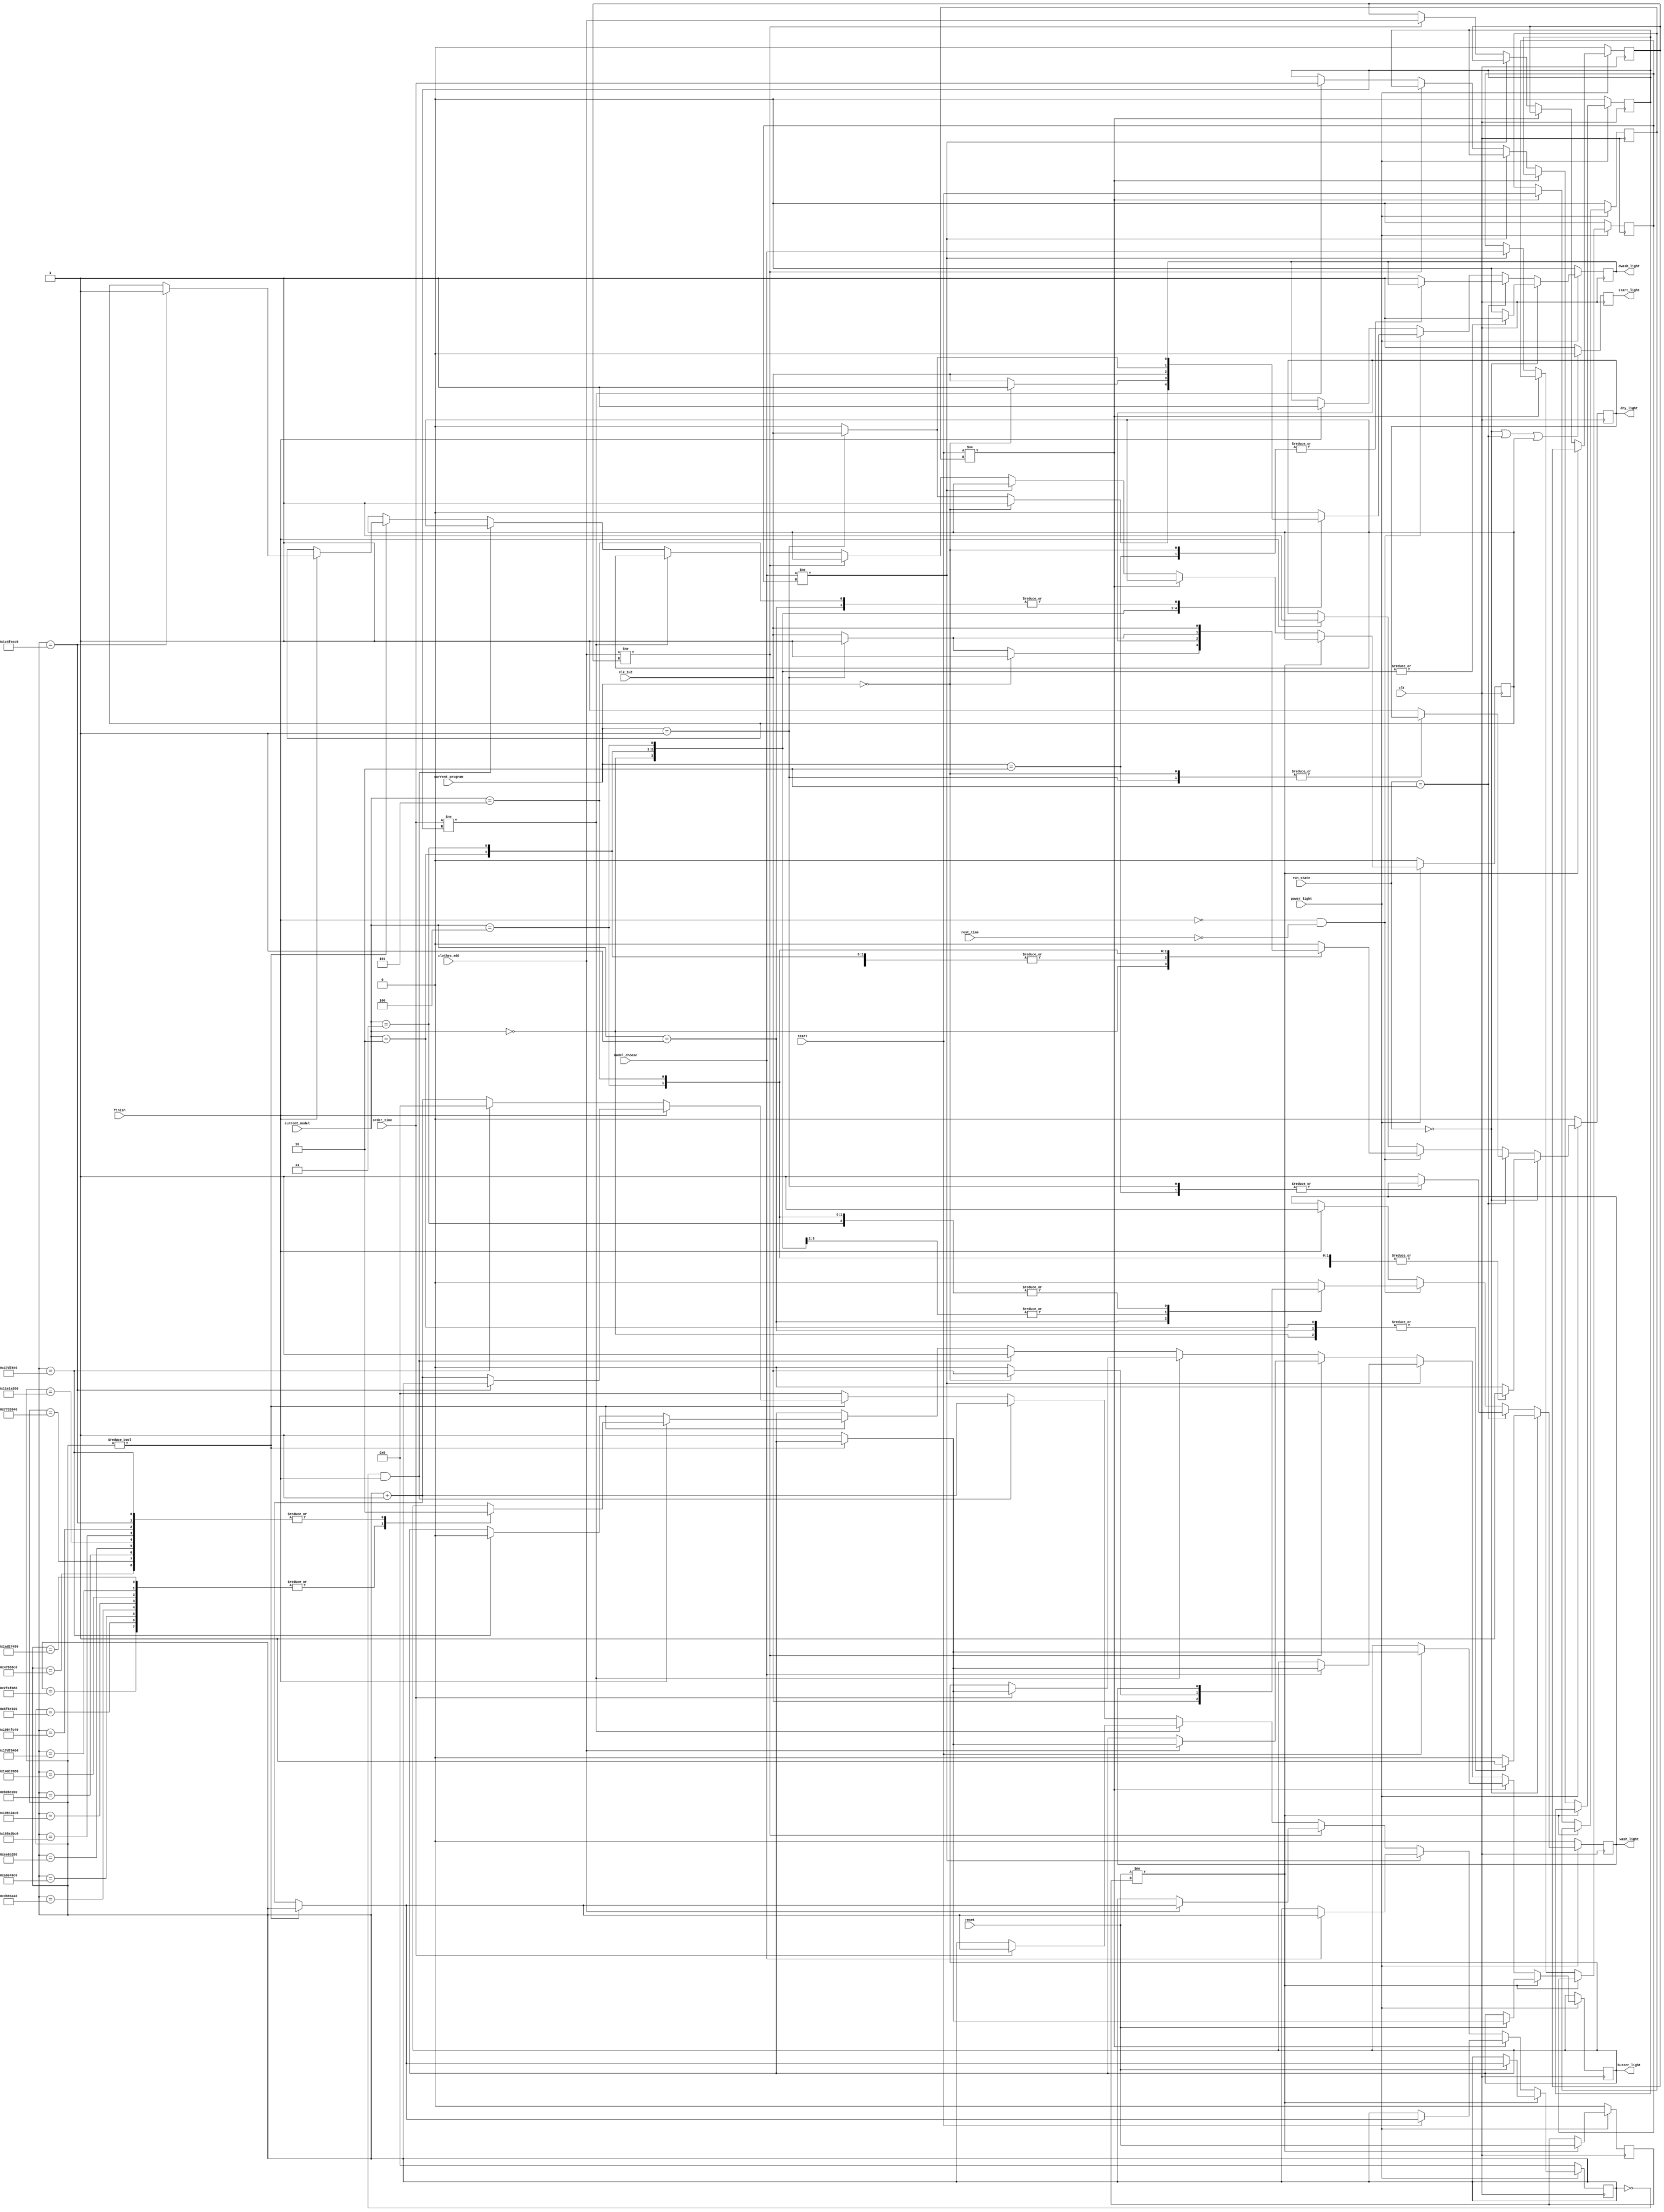
module program_light (clk,clk_1HZ,start,reset,power_light,finish,model_choose,clothes_add,current_model,current_program,run_state,rest_time,order_time,
wash_light,dwash_light,dry_light,start_light,buzzer_light);
    input clk,clk_1HZ,start,reset,power_light,finish,model_choose,clothes_add,order_time;
    input [2:0]current_model;
    input [1:0]current_program,run_state;
    input [6:0]rest_time;
    output reg wash_light,dwash_light,dry_light,start_light,buzzer_light;

    reg [31:0] counter;
    reg power_flag,start_flag,model_flag,clothes_flag,order_flag;//三个开关状态
    reg end_program;//程序结束标志

    parameter N=100_000_000;
//    parameter N=4;
    
    initial 
        begin
          wash_light<=0;
          dwash_light<=0;
          dry_light<=0;
          start_light<=0;
          buzzer_light<=0;
          counter<=0;
          power_flag<=0;
          start_flag<=0;
          model_flag<=0;
          clothes_flag<=0;
          end_program<=0;
        end

    //确定wash_light,dwash_light,dry_light的输出
    //影响信号：开关灯信号power_light,模式选择信号和当前程序信号，以及闪烁脉冲和程序完成信号
    always @ (posedge clk)
        begin
          if (power_light==1'b0)//电源关闭，关上所有灯
            begin
              wash_light<=0;
              dwash_light<=0;
              dry_light<=0;
            end
          else if (run_state==2'b00) //电源开启且处于暂停或者未启动状态，常亮模式灯
            begin
              case (current_model)
                3'b000://洗漂脱
                    begin
                      wash_light<=1;
                      dwash_light<=1;
                      dry_light<=1;
                    end 
                3'b001://单洗
                    begin
                      wash_light<=1;
                      dwash_light<=0;
                      dry_light<=0;
                    end
                3'b010://洗漂
                    begin
                      wash_light<=1;
                      dwash_light<=1;
                      dry_light<=0;
                    end
                3'b011://单漂
                    begin
                      wash_light<=0;
                      dwash_light<=1;
                      dry_light<=0;
                    end
                3'b100://漂脱
                    begin
                      wash_light<=0;
                      dwash_light<=1;
                      dry_light<=1;
                    end
                3'b101://单脱
                    begin
                      wash_light<=0;
                      dwash_light<=0;
                      dry_light<=1;
                    end
                default: 
                    begin
                      wash_light<=0;
                      dwash_light<=0;
                      dry_light<=0;
                    end
              endcase
            end
          else if(run_state==2'b10) //暂停
            begin
              case(current_program)
                2'b00:wash_light<=1;
                2'b01:dwash_light<=1;
                2'b10:dry_light<=1;
                default:begin wash_light<=1; dwash_light<=1; dry_light<=1; end
              endcase
            end
          else if(finish==1'b0 && rest_time==7'b0)//处于启动未完成状态,需要闪烁
            begin
              case (current_model)
              3'b000://洗漂脱
                begin
                  if (current_program==2'b00) //洗涤灯闪烁
                    begin
                      wash_light<=clk_1HZ;
                      dwash_light<=1;
                      dry_light<=1;
                    end
                  else if (current_program==2'b01) //漂洗灯闪烁
                    begin
                      wash_light<=0;
                      dwash_light<=clk_1HZ;
                      dry_light<=1;
                    end
                  else  //脱水灯闪烁
                    begin
                      wash_light<=0;
                      dwash_light<=0;
                      dry_light<=clk_1HZ;
                    end
                end
              3'b001://单洗
                begin
                  wash_light<=clk_1HZ;
                end
              3'b010://洗漂
                begin
                  if (current_program==2'b00)
                    begin
                      wash_light<=clk_1HZ;
                      dwash_light<=1;
                    end
                  else
                    begin
                      wash_light<=0;
                      dwash_light<=clk_1HZ; 
                    end
                end
              3'b011://单漂
                begin
                  dwash_light<=clk_1HZ;
                end
              3'b100://漂脱
                begin
                  if (current_program==2'b01)
                    begin
                      dwash_light<=clk_1HZ;
                      dry_light<=1;
                    end
                  else
                    begin
                      dwash_light<=0;
                      dry_light<=clk_1HZ;
                    end
                end
              3'b101://单脱
                begin
                  dry_light<=clk_1HZ;
                end
              default:
                begin
                  wash_light<=0;
                  dwash_light<=0;
                  dry_light<=0;
                end
              endcase
            end
          else  if(finish==1'b1)//程序完成灯恢复默认洗漂脱模式
            begin
              wash_light<=1;
              dwash_light<=1;
              dry_light<=1;
            end
          else
            begin
              wash_light<=wash_light;
              dwash_light<=dwash_light;
              dry_light<=dry_light;
            end
        end

    //确定启动暂停灯
    //影响信号：启动暂停键的拨动，程序彻底结束信号（蜂鸣3次）
    always @ (posedge clk)
      begin
        if (run_state==2'b00||run_state==2'b10||end_program==1'b01)
            start_light<=0;
        else
            start_light<=1;
      end

    //确定蜂鸣灯
    always @ (posedge clk)   //开关被按下或者完成
      begin
        if (power_light==1'b0)//电源关闭，所有信号无效。恢复预设。
          begin
             counter<=0;
             power_flag<=0;
             start_flag<=0;
             model_flag<=0;
             clothes_flag<=0;
             order_flag<=0;
             end_program<=0;
          end
        else if (reset!=power_flag)//电源键计时触发
          begin
            if (reset==1'b0) //开关闭合
              power_flag<=reset;
            else if(counter)//开关打开，但前一个计时正在进行
              power_flag<=reset;
            else //开关打开且未计时
              begin counter<=counter+1;buzzer_light<=1;power_flag<=reset; end
          end
        else if (start!=start_flag)//启动计时触发
          begin
            if (start==1'b0)//启动开关闭合
              start_flag<=start;
            else if (counter)
              start_flag<=start;
            else
              begin counter<=counter+1;buzzer_light<=1;start_flag<=start; end
          end
        else if (model_choose!=model_flag)  //模式选择开关
          begin
            if (model_choose==1'b0)
              model_flag<=model_choose;
            else if (counter)
              model_flag<=model_choose;
            else  
              begin counter<=counter+1;buzzer_light<=1;model_flag<=model_choose; end
          end
        else if (clothes_add!=clothes_flag) //加衣开关
          begin
            if (clothes_add==1'b0)
              clothes_flag<=clothes_add;
            else if (counter)
              clothes_flag<=clothes_add;
            else 
              begin counter<=counter+1;buzzer_light<=1;clothes_flag<=clothes_add; end
          end
        else if(order_time!=order_flag)
          begin
            if(order_time==1'b0)
              order_flag<=order_time;
            else if(counter)
              order_flag<=order_time;
            else 
              begin counter<=counter+1;buzzer_light<=1;order_flag<=order_time; end
          end
        else if(counter==32'd0&&finish==1'b1)//运行完成计时触发
          begin counter<=counter+1;buzzer_light<=1;end
        else if (counter) //正在计时
          begin
            if (finish==1'b1)//运行完成蜂鸣9声计时。
              begin
                case (counter)
                  N/4:begin buzzer_light<=0;counter<=counter+1;end
                  N/2:begin buzzer_light<=1;counter<=counter+1;end
                  3*N/4:begin buzzer_light<=0;counter<=counter+1;end
                  N:begin buzzer_light<=1;counter<=counter+1;end
                  5*N/4:begin buzzer_light<=0;counter<=counter+1;end//第一个
                  7*N/4:begin buzzer_light<=1;counter<=counter+1;end
                  2*N:begin buzzer_light<=0;counter<=counter+1;end
                  9*N/4:begin buzzer_light<=1;counter<=counter+1;end
                  5*N/2:begin buzzer_light<=0;counter<=counter+1;end
                  11*N/4:begin buzzer_light<=1;counter<=counter+1;end
                  3*N:begin buzzer_light<=0;counter<=counter+1;end//第二个
                  7*N/2:begin buzzer_light<=1;counter<=counter+1;end
                  15*N/4:begin buzzer_light<=0;counter<=counter+1;end
                  4*N:begin buzzer_light<=1;counter<=counter+1;end
                  17*N/4:begin buzzer_light<=0;counter<=counter+1;end
                  9*N/2:begin buzzer_light<=1;counter<=counter+1;end
                  19*N/4:begin buzzer_light<=0;counter<=counter;end_program<=1;end//第三个
                  default:counter<=counter+1;
                endcase
              end
            else //开关计时
              begin
                if (counter==N/4)
                  begin
                    counter<=0;
                    buzzer_light<=0;
                  end
                else 
                    counter<=counter+1;
              end
          end
        else //没触发，也没正在计时
          counter <= 32'd0;
      end
endmodule